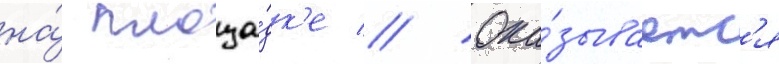
на́ площа́дк'е // Ока́зываетс'я